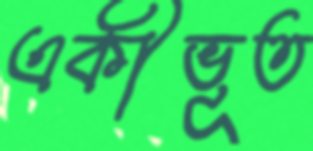
একীভূত